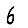
Digit: 6